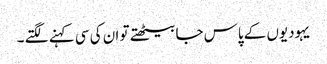
یہودیوں کے پاس جا بیٹھتے تو ان کی سی کہنے لگتے ۔